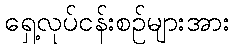
ရှေ့လုပ်ငန်းစဉ်များအား